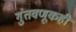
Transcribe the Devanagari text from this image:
गुंतवणूकही